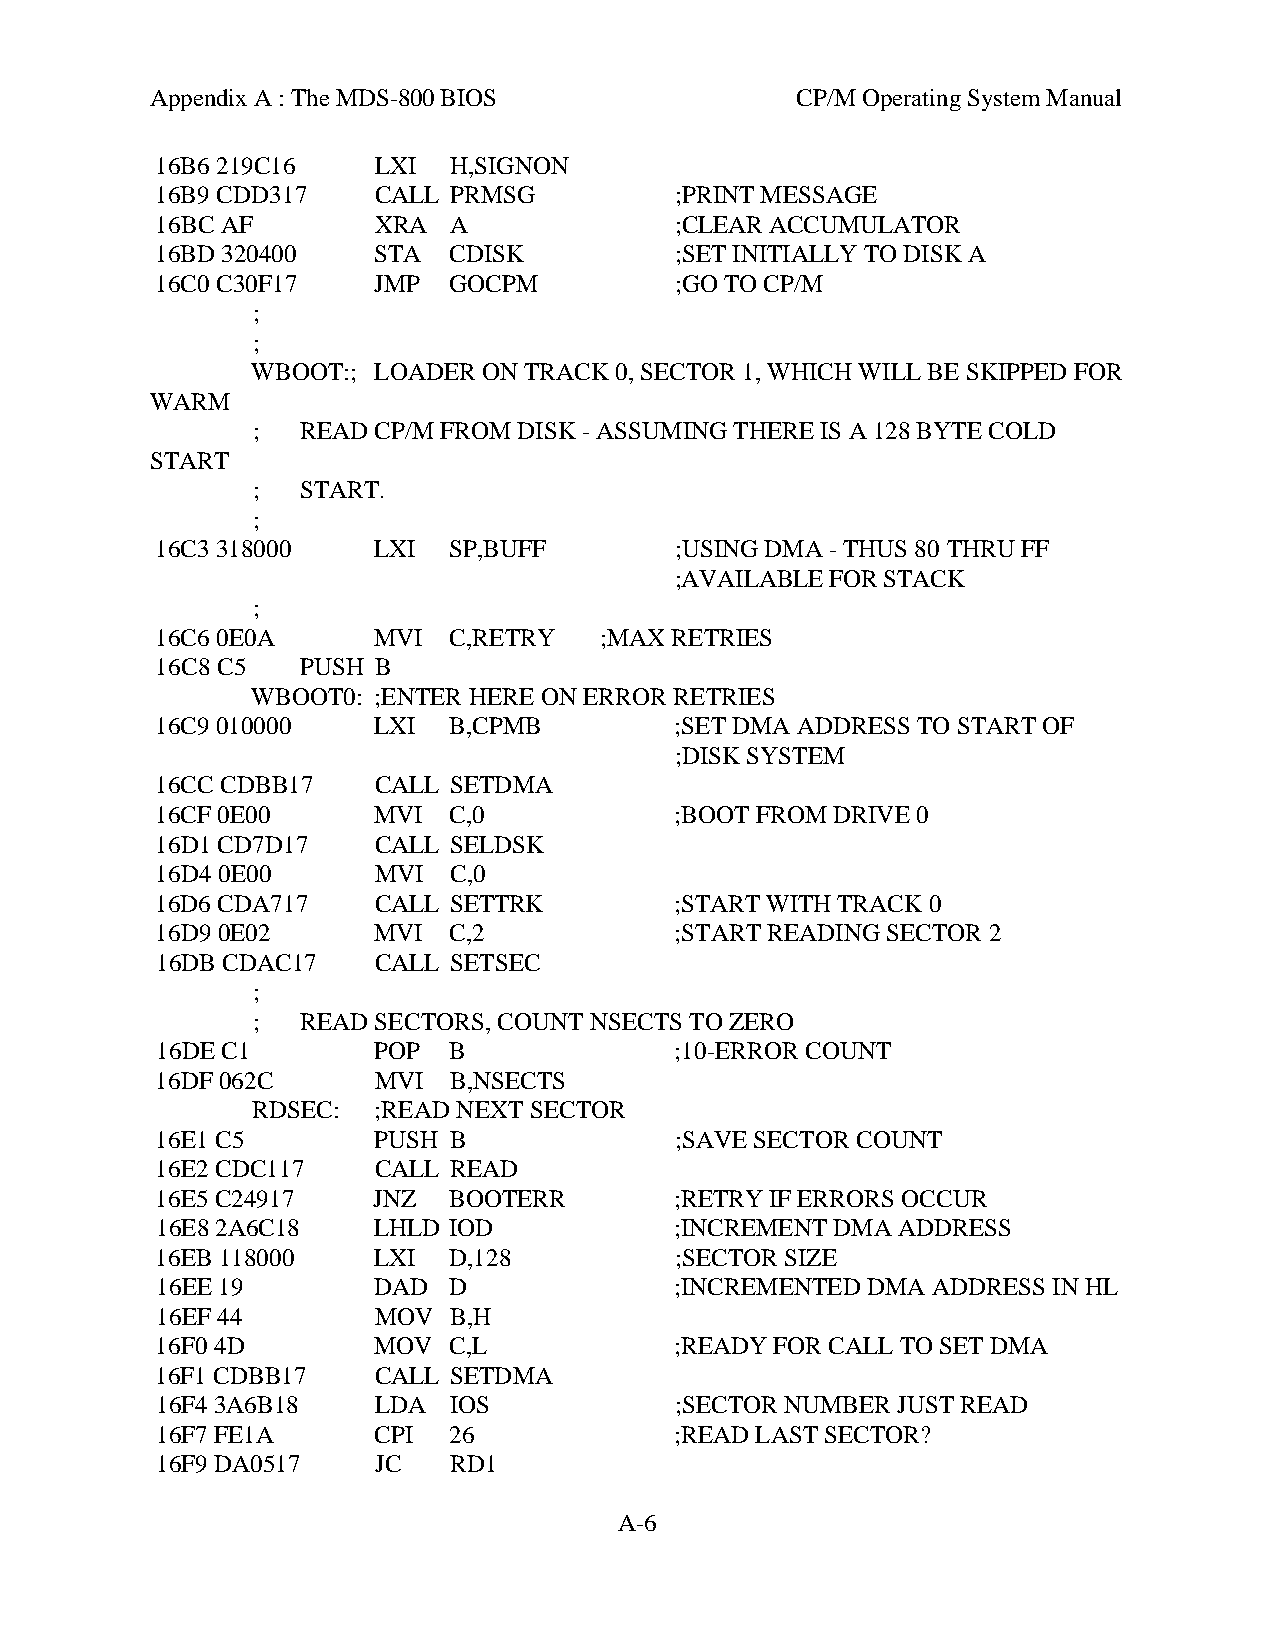
Appendix A : The MDS-800 BIOS              CP/M Operating System Manual
 16B6 219C16    LXI  H,SIGNON
 16B9 CDD317    CALL PRMSG          ;PRINT MESSAGE
 16BC AF        XRA  A              ;CLEAR ACCUMULATOR
 16BD 320400    STA  CDISK          ;SET INITIALLY TO DISK A
 16C0 C30F17    JMP  GOCPM          ;GO TO CP/M
 ;
 ;
 WBOOT:; LOADER ON TRACK 0, SECTOR 1, WHICH WILL BE SKIPPED FOR
 WARM
 ;  READ CP/M FROM DISK - ASSUMING THERE IS A 128 BYTE COLD
 START
 ;  START.
 ;
 16C3 318000    LXI  SP,BUFF        ;USING DMA - THUS 80 THRU FF
 ;AVAILABLE FOR STACK
 ;
 16C6 0E0A      MVI  C,RETRY   ;MAX RETRIES
 16C8 C5   PUSH B
 WBOOT0: ;ENTER HERE ON ERROR RETRIES
 16C9 010000    LXI  B,CPMB         ;SET DMA ADDRESS TO START OF
 ;DISK SYSTEM
 16CC CDBB17    CALL SETDMA
 16CF 0E00      MVI  C,0            ;BOOT FROM DRIVE 0
 16D1 CD7D17    CALL SELDSK
 16D4 0E00      MVI  C,0
 16D6 CDA717    CALL SETTRK         ;START WITH TRACK 0
 16D9 0E02      MVI  C,2            ;START READING SECTOR 2
 16DB CDAC17    CALL SETSEC
 ;
 ;  READ SECTORS, COUNT NSECTS TO ZERO
 16DE C1        POP  B              ;10-ERROR COUNT
 16DF 062C      MVI  B,NSECTS
 RDSEC:  ;READ NEXT SECTOR
 16E1 C5        PUSH B              ;SAVE SECTOR COUNT
 16E2 CDC117    CALL READ
 16E5 C24917    JNZ  BOOTERR        ;RETRY IF ERRORS OCCUR
 16E8 2A6C18    LHLD IOD            ;INCREMENT DMA ADDRESS
 16EB 118000    LXI  D,128          ;SECTOR SIZE
 16EE 19        DAD  D              ;INCREMENTED DMA ADDRESS IN HL
 16EF 44        MOV  B,H
 16F0 4D        MOV  C,L            ;READY FOR CALL TO SET DMA
 16F1 CDBB17    CALL SETDMA
 16F4 3A6B18    LDA  IOS            ;SECTOR NUMBER JUST READ
 16F7 FE1A      CPI  26             ;READ LAST SECTOR?
 16F9 DA0517    JC   RD1
 A-6